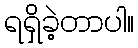
ရရှိခဲ့တာပါ။